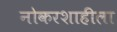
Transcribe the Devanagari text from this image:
नोकरशाहीला